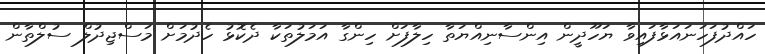
ހައްދުފަހަނައަޅާފައިވާ ޔަހޫދީން އިންސާނިއްޔަތާ ހިލާފަށް ހިންގާ އަމަލުތަކާ ދެކޮޅު ހެދުމަށް މަސްޖިދުލް ސުލްތާން